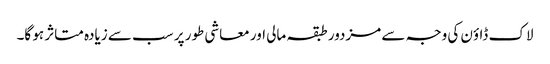
لاک ڈاؤن کی وجہ سے مزدور طبقہ مالی اور معاشی طور پر سب سے زیادہ متاثر ہو گا۔